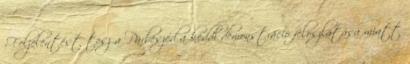
›Feljelentést tesz a Párbeszéd a keddi demonstráció feloszlatása miatt